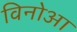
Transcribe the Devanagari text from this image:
विनोआ